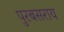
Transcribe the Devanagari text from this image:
पुरबसराय